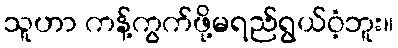
သူဟာ ကန့်ကွက်ဖို့မရည်ရွယ်ဝံ့ဘူး။